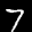
Label: 7